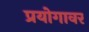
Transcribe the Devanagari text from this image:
प्रयोगावर